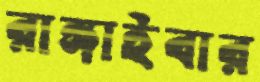
রাঙ্গাইবার